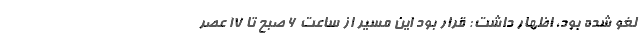
لغو شده بود، اظهار داشت: قرار بود این مسیر از ساعت ۶ صبح تا ۱۷ عصر